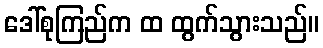
ဒေါ်စုကြည်က ထ ထွက်သွားသည်။